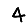
Digit: 4